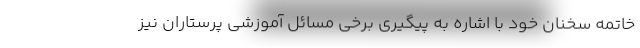
خاتمه سخنان خود با اشاره به پیگیری برخی مسائل آموزشی پرستاران نیز